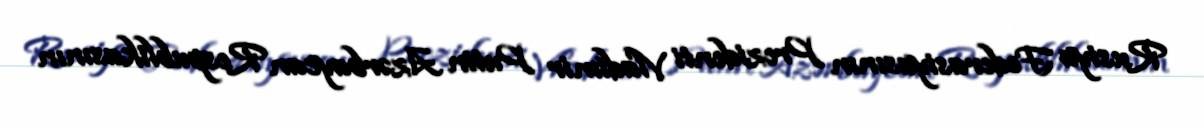
Rusiya Federasiyasının Prezidenti Vladimir Putin Azərbaycan Respublikasının